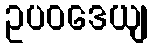
ဥပဝဒေယျ